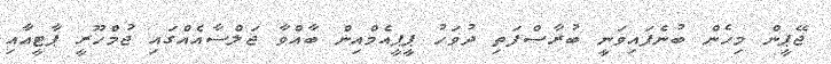
ޖޭޕީން މިހެން ބުނެފައިވަނީ ބުރާސްފަތި ދުވަހު ޕީޕީއެމްއިން ބާއްވާ ޖަލްސާއެއްގައި ޖުމްހޫރީ ޕާޓީއާއި